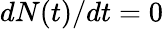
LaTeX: dN(t)/dt=0